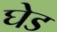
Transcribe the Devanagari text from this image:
घेड